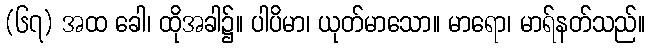
(၆၇) အထ ခေါ၊ ထိုအခါ၌။ ပါပိမာ၊ ယုတ်မာသော။ မာရော၊ မာရ်နတ်သည်။